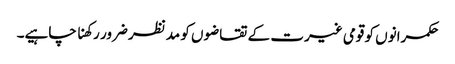
حکمرانوں کو قومی غیرت کے تقاضوں کو مدنظر ضرور رکھنا چاہیے۔